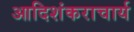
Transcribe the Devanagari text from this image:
आदिशंकराचार्य